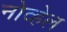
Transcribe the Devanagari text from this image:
नोव्हेल